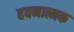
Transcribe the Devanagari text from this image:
हवनात्मक